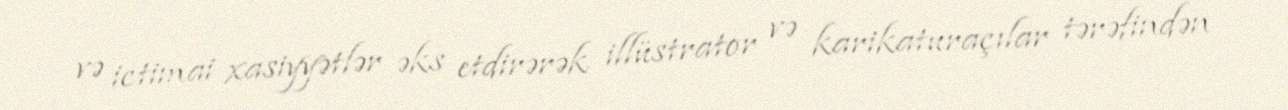
və ictimai xasiyyətlər əks etdirərək illüstrator və karikaturaçılar tərəfindən